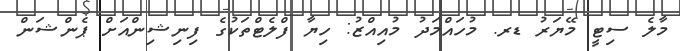
މާލެ ސިޓީ މޭޔަރު ޑރ. މުހައްމަދު މުއިއްޒު: ހިޔާ ފްލެޓްތަކުގެ ފިނިޝިންއަށް ޕެންޝަން